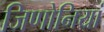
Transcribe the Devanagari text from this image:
जिणोनियां